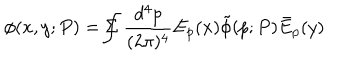
LaTeX: \phi ( x , y ; P ) = \Sigma \! \! \! \! \! \! \int \frac { d ^ { 4 } p } { ( 2 \pi ) ^ { 4 } } E _ { p } ( x ) \tilde { \phi } ( p ; P ) \bar { E } _ { p } ( y )